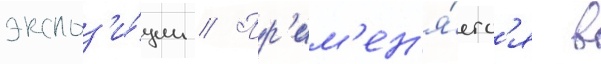
экспоз'и́ции // Пр'им'ен'я́етс'я в